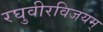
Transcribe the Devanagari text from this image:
रघुवीरविजयम्